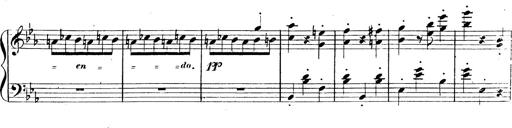
Title: 3 Caprices-Valses
Composer: Franz Liszt